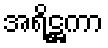
အရိဋ္ဌကာ